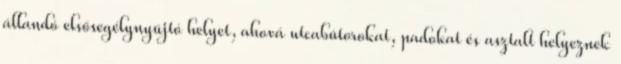
állandó elsősegélynyújtó helyet, ahová utcabútorokat, padokat és asztalt helyeznek